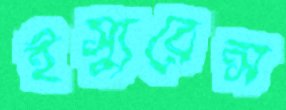
ইস্যুরেন্স